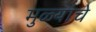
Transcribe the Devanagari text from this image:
मुळ्याचे